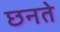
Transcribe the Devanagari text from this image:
छनते